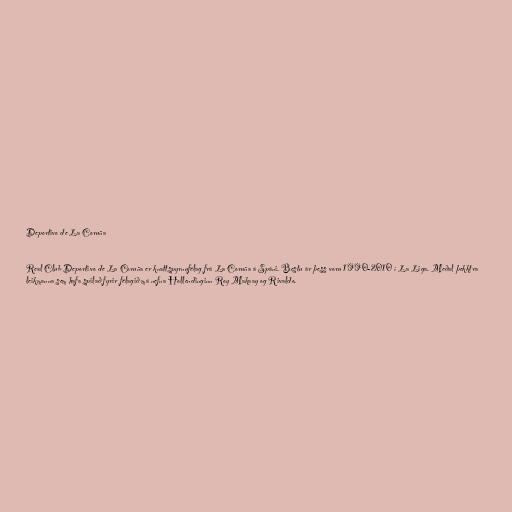
Deportivo de La Coruña

Real Club Deportivo de La Coruña er knattspyrnufélag frá La Coruña á Spáni. Bestu ár þess voru 1990-2010 í La Liga. Meðal þekktra
leikmanna sem hafa spilað fyrir félagið má nefna Hollendinginn Roy Makaay og Rivaldo.